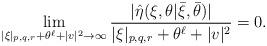
LaTeX: \begin{align*}&\lim_{|\xi|_{p,q,r}+\theta^{\ell}+|v|^2\to\infty}\frac{|\hat{\eta}(\xi,\theta|\bar{\xi},\bar{\theta})|}{|\xi|_{p,q,r}+\theta^{\ell}+|v|^2} =0.\end{align*}